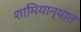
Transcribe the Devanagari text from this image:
शामियान्यात